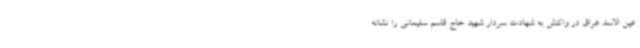
عین الاسد عراق در واکنش به شهادت سردار شهید حاج قاسم سلیمانی را نشانه